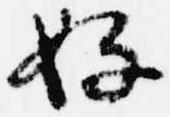
好